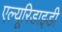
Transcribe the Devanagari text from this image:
एल्यूरिडाइडी